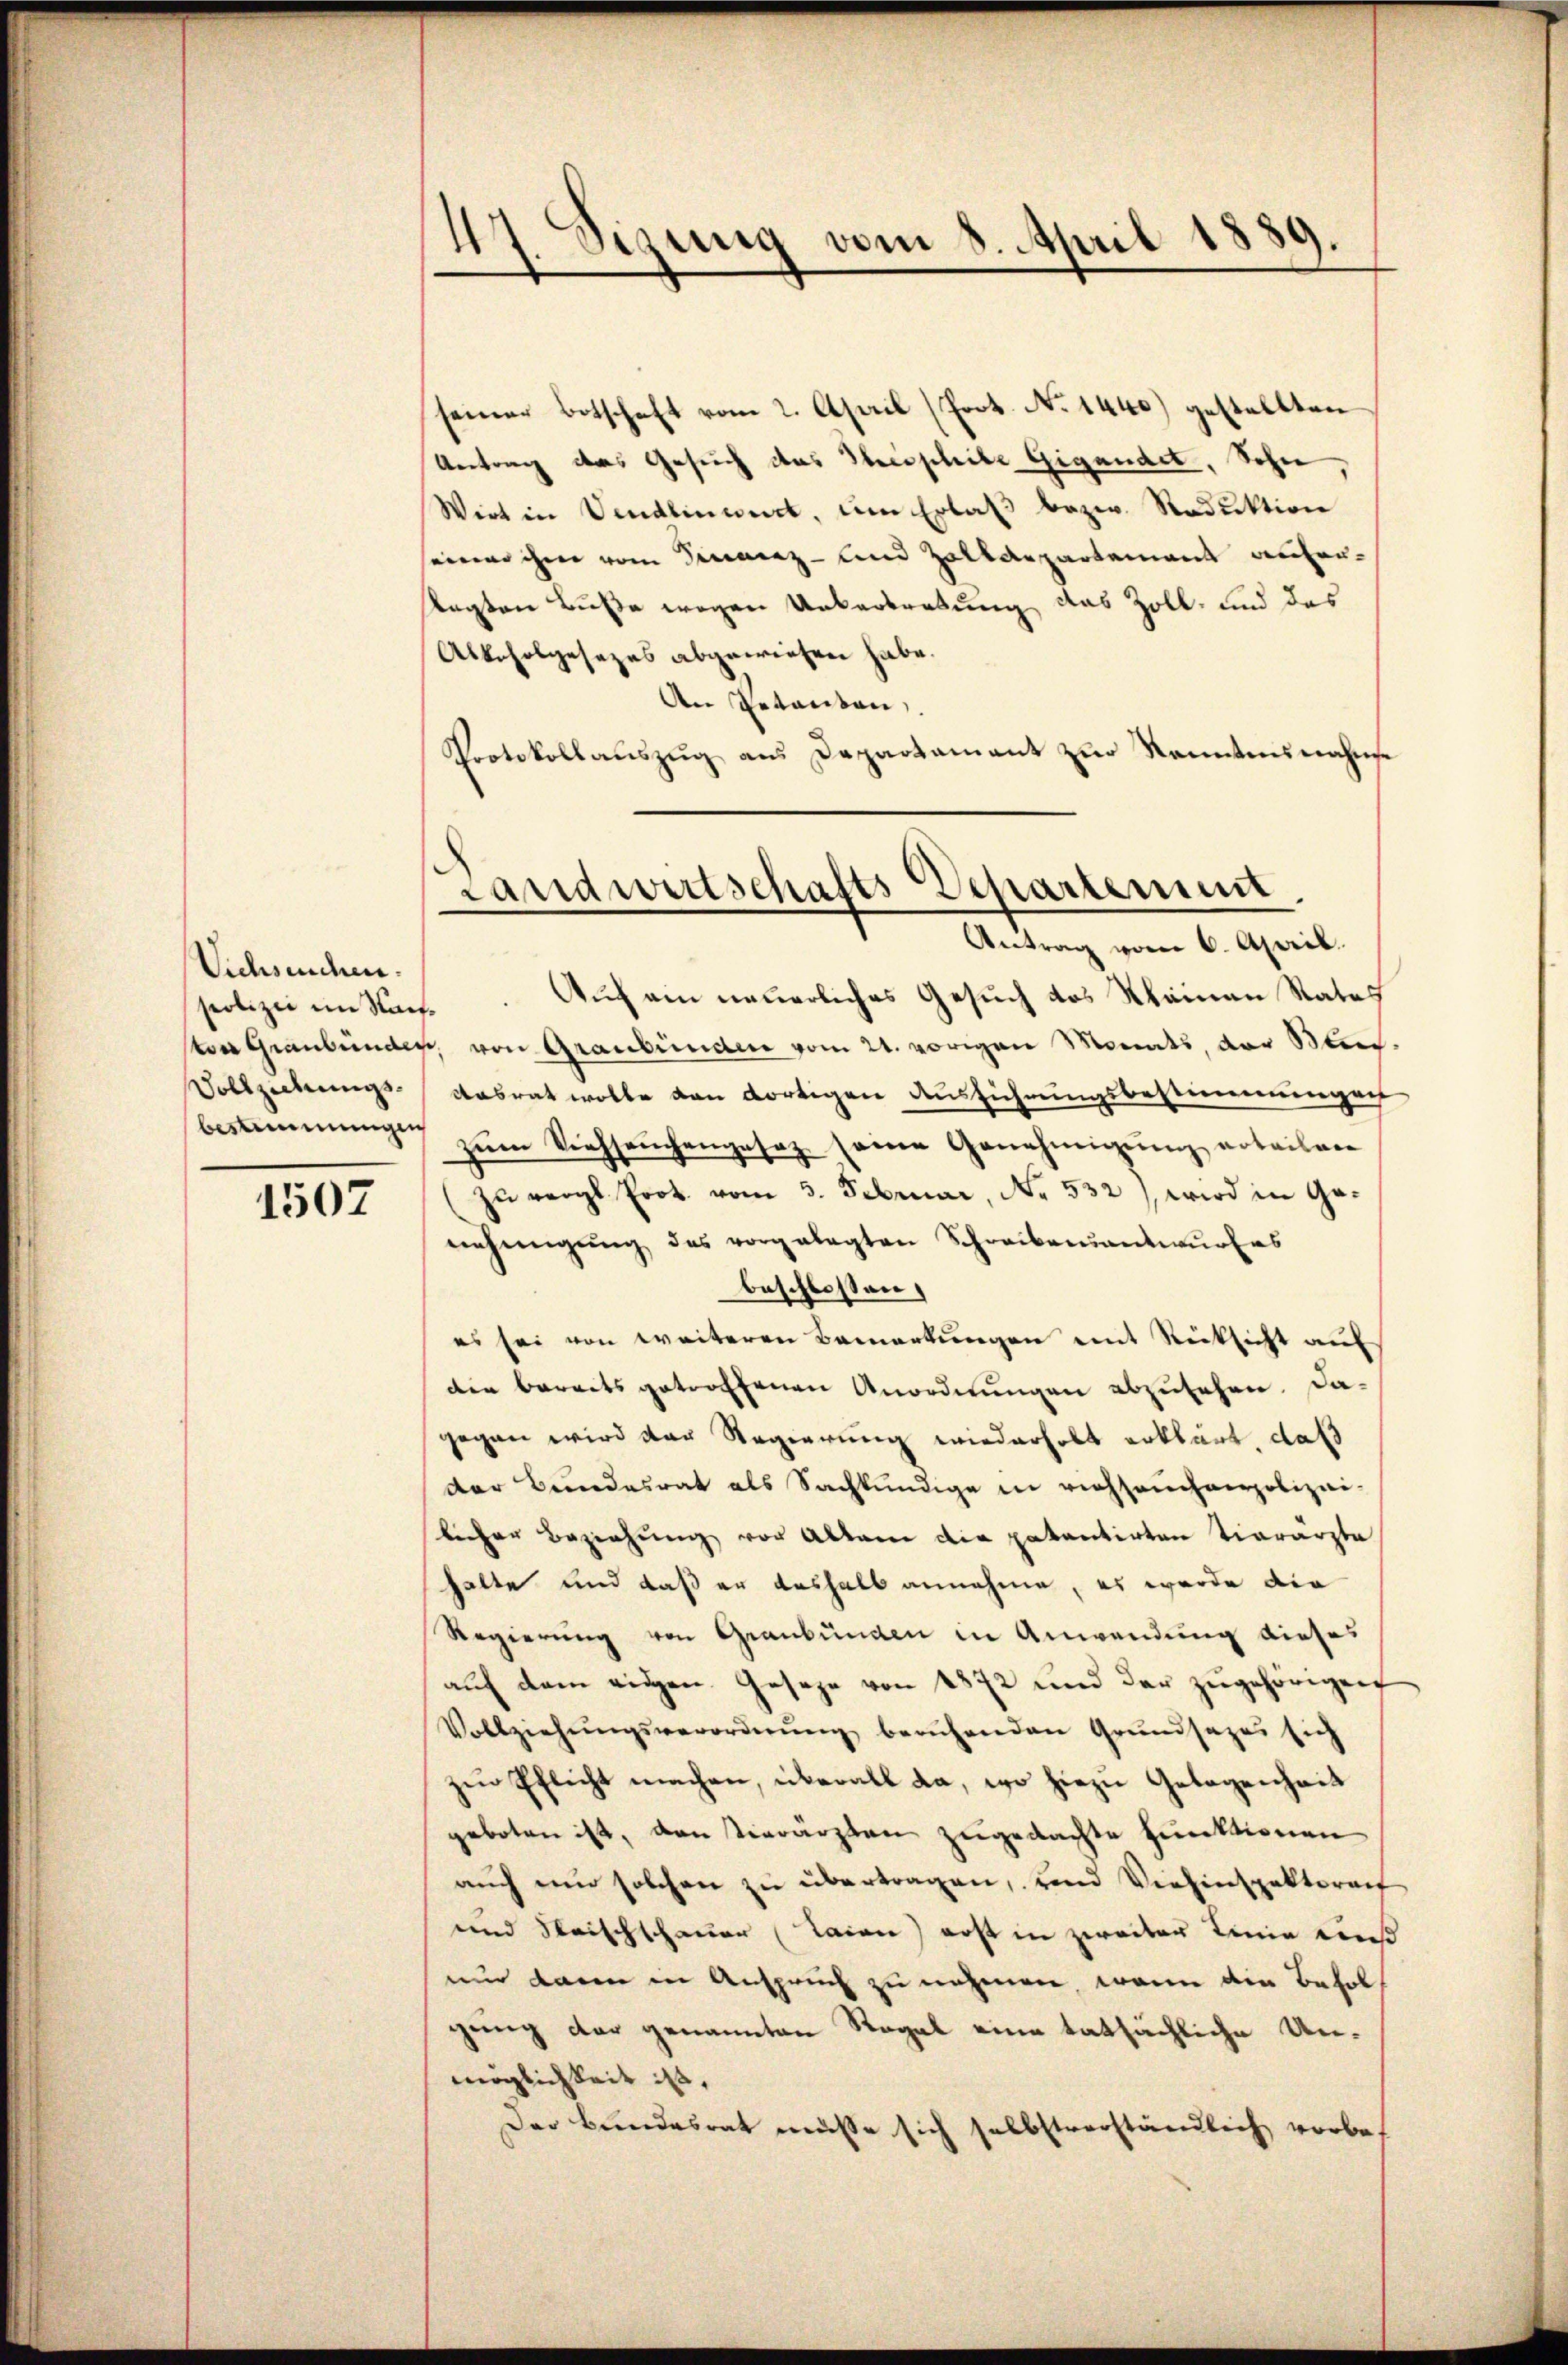
Viehseuchen.
spolizei im Staat¬
Vollziehungs¬

1507

47 Sizung vom 8. April 1889.

seiner Botschaft vom 2. April (Poot. No 1440) gestellten
Uetrag das Gesuch das Theophie Gigandet, Sohn,
Wirt in Vendlinwert, um Erlass bezw. Raduktion
seiner ihm vom Finanz- und Zolldepartement aufer¬
Ragten Buße wegen Untertretung das Zoll- und das
Alkoholgesezes abgewiesen habe.
An Petenten.
Protokollaŭszŭg ans Departamant zŭr Kenntensnahme
Antrag vom 6. April.
Auf ein neuerliches Gesuch des Kleinen Rates
ton Graubünder, von Graubünden vom 24. vorigen Monats, der Stec
Aasrat wolle den dortigen Ausführungsbestimmungen
bestimmung zŭm Viehseuchengesetz seine Genehmigung erteilen
zu vergl. Prot. vom 3. Februar, No. 532), wird in Genehmigŭng des vorgelegten Schreiben antwurfes
beschlossen:
es sei von weiteren Bemerkungen mit Rücksicht auf
die bereits getroffenen Anordnungen abzusehen. Da-
gegen wird der Regierung wiederholt erklärt, daß
der Bundesrat als Sachkundige in richsauchenpolizei-
licher Beziehung vor Allem die patentirten Tierärzte
halte und daß er deshalb annehme, es wurde die
Regierung von Graubünden in Anwendung dieses
aŭf dem eidgen. Geseze von 1872 und der zugehörigen
Vollziehŭngsverordnŭng beruhenden Grŭndsazer sich
zur Pflicht machen, überall da, wo hiezu Gelegenheit
geboten ist, den tierärzten zugedachte Funktionen
auch nun solchen zu übertragen, und Viehinspektorat
und Reischschauer Laien) erst in zweiter Linie auß
nur dann in Anspruch zu nehmen, wenn die Beholgung der genannten Regal eine tatsächliche Unmöglichkeit ist,
Der Bundesrat müsse sich selbstverständlich vorbe¬

Landwirtschafts Departement.